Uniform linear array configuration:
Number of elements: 4
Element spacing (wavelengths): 0.5
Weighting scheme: exponential
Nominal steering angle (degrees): -30
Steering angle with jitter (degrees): -31.022
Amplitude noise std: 0.05
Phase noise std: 0.05

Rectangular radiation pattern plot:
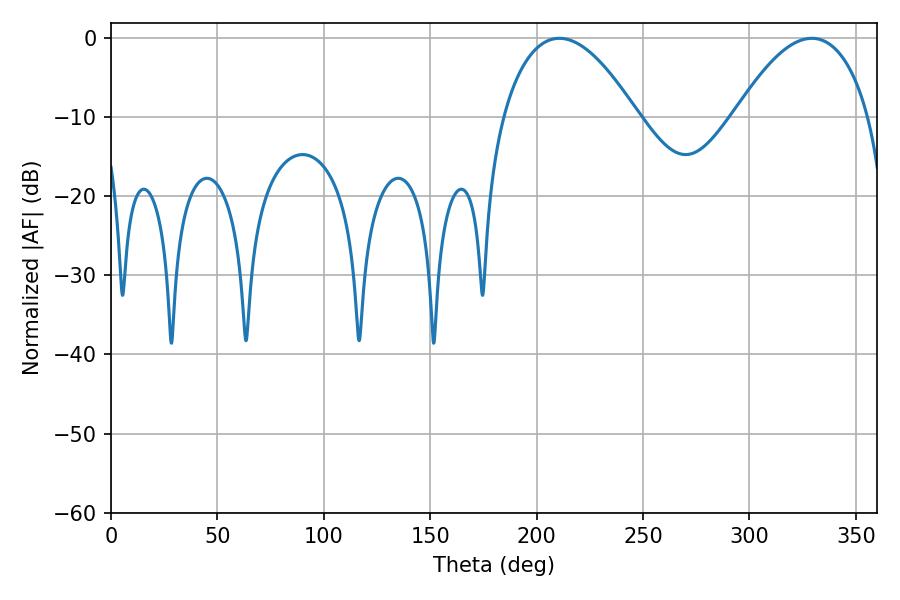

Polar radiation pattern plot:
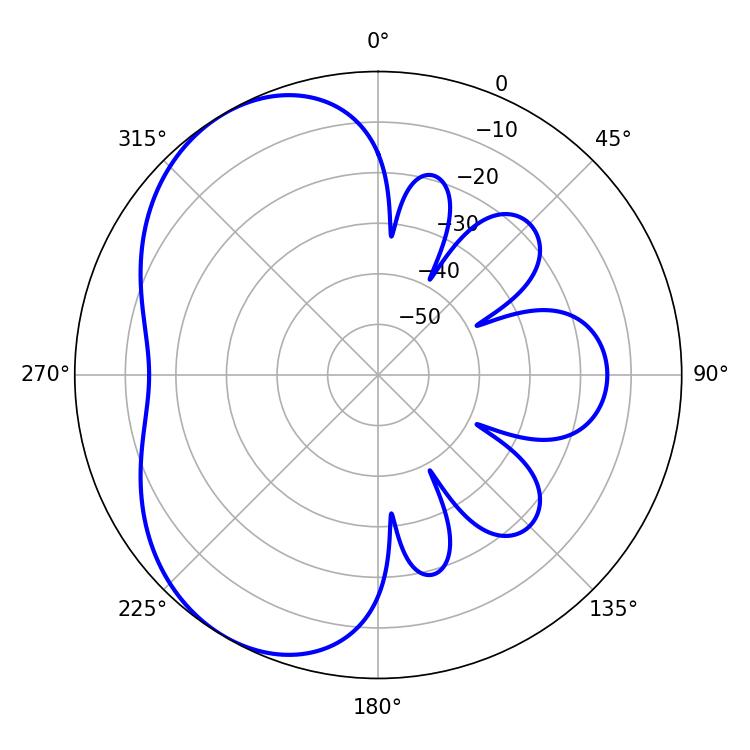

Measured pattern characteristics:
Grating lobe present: FALSE
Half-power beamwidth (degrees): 34.92
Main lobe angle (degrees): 210.78